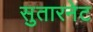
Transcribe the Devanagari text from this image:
सुतारनेट